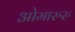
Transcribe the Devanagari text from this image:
ओमारुरु